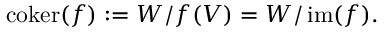
\operatorname { c o k e r } ( f ) : = W / f ( V ) = W / \operatorname { i m } ( f ) .